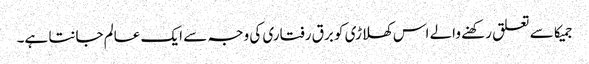
جمیکا سے تعلق رکھنے والے اس کھلاڑی کو برق رفتاری کی وجہ سے ایک عالم جانتا ہے۔